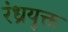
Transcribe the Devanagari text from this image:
रंध्रयुक्त